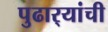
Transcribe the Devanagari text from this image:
पुढार्‍यांची